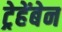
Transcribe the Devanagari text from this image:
ट्रेहेंबेन